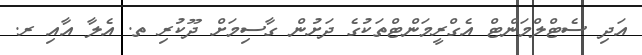
އަދި ސެޓްލްމަންޓް އެގްރީމަންޓްތަކުގެ ދަށުން ގާސިމަށް ދޫކުރި ތ. އެލާ އާއި ރ.